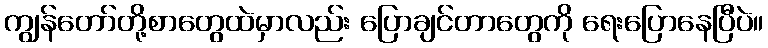
ကျွန်တော်တို့စာတွေထဲမှာလည်း ပြောချင်တာတွေကို ရေးပြောနေပြီပဲ။